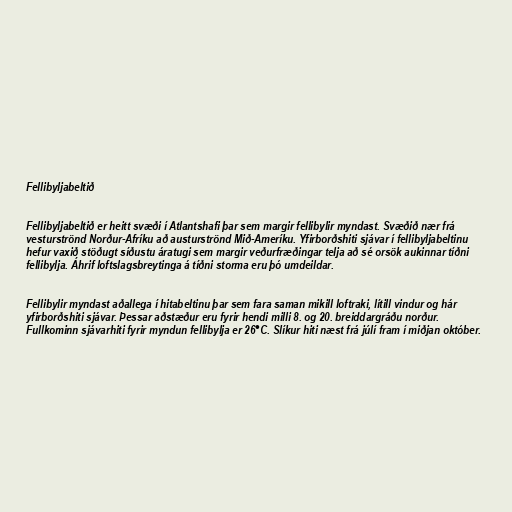
Fellibyljabeltið

Fellibyljabeltið er heitt svæði í Atlantshafi þar sem margir fellibylir myndast. Svæðið nær frá
vesturströnd Norður-Afríku að austurströnd Mið-Ameríku. Yfirborðshiti sjávar í fellibyljabeltinu
hefur vaxið stöðugt síðustu áratugi sem margir veðurfræðingar telja að sé orsök aukinnar tíðni
fellibylja. Áhrif loftslagsbreytinga á tíðni storma eru þó umdeildar.

Fellibylir myndast aðallega í hitabeltinu þar sem fara saman mikill loftraki, lítill vindur og hár
yfirborðshiti sjávar. Þessar aðstæður eru fyrir hendi milli 8. og 20. breiddargráðu norður.
Fullkominn sjávarhiti fyrir myndun fellibylja er 26°C. Slíkur hiti næst frá júlí fram í miðjan október.